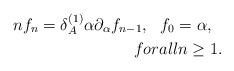
LaTeX: \begin{align*}nf_n=\delta _A^{(1)}\alpha \partial _\alpha f_{n-1},\ \ f_0=\alpha ,\ \ \\forall n\geq 1.\end{align*}